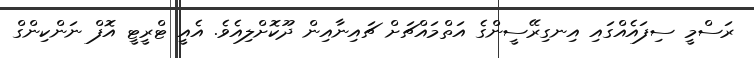
ރަސްމީ ސިފައެއްގައި އިނގިރޭސީންގެ އަތްމައްޗަށް ޗައިނާއިން ދޫކޮށްލިއެވެ. އެއީ ޓްރީޓީ އޮފް ނަންކިންގް